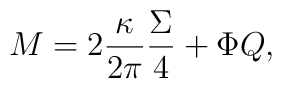
M=2\frac{\kappa}{2\pi}\frac{\Sigma}{4}+\Phi Q,